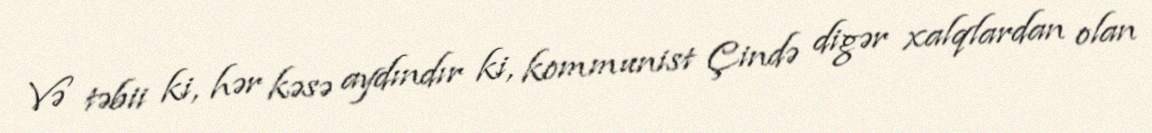
Və təbii ki, hər kəsə aydındır ki, kommunist Çində digər xalqlardan olan